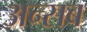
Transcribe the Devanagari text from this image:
अन्सब